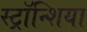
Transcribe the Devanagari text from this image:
स्ट्रॉन्शिया